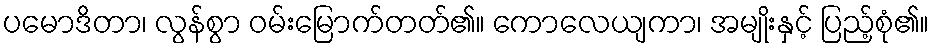
ပမောဒိတာ၊ လွန်စွာ ဝမ်းမြောက်တတ်၏။ ကောလေယျကာ၊ အမျိုးနှင့် ပြည့်စုံ၏။